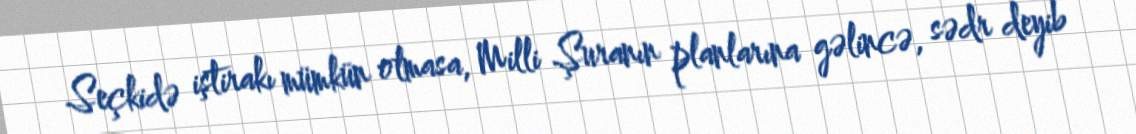
Seçkidə iştirakı mümkün olmasa, Milli Şuranın planlarına gəlincə, sədr deyib